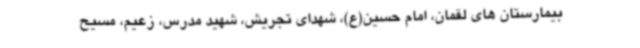
بیمارستان های لقمان، امام حسین(ع)، شهدای تجریش، شهید مدرس، زعیم، مسیح